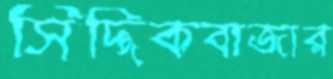
সিদ্দিকবাজার